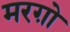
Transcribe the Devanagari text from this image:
मरग़ो